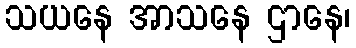
သယနေ အာသနေ ဌာနေ၊